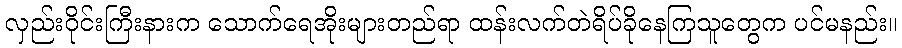
လှည်းဝိုင်းကြီးနားက သောက်ရေအိုးများတည်ရာ ထန်းလက်တဲရိပ်ခိုနေကြသူတွေက ပင်မနည်း။